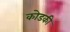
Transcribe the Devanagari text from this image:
कोडकी